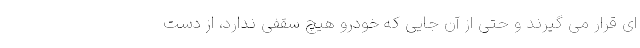
ای قرار می گیرند و حتی از آن جایی که خودرو هیچ سقفی ندارد، از دست